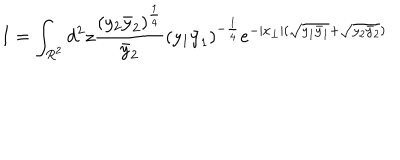
I = \int _ { R ^ { 2 } } d ^ { 2 } z \frac { ( y _ { 2 } \bar { y } _ { 2 } ) ^ { \frac { 1 } { 4 } } } { \bar { y } _ { 2 } } ( y _ { 1 } \bar { y } _ { 1 } ) ^ { - \frac { 1 } { 4 } } e ^ { - | x _ { \perp } | ( \sqrt { y _ { 1 } \bar { y } _ { 1 } } + \sqrt { y _ { 2 } \bar { y } _ { 2 } } ) }